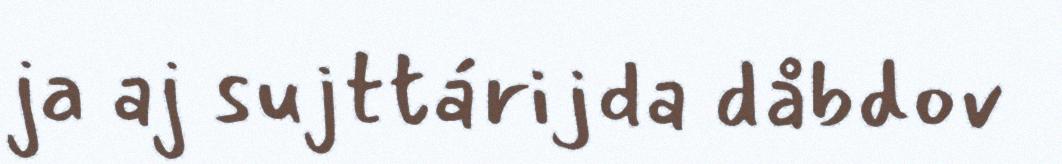
ja aj sujttárijda dåbdov